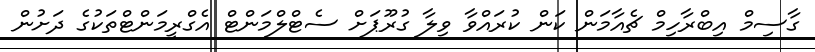
ގާސިމް އިބްރާހިމް ޗެއާމަން ކަން ކުރައްވާ ވިލާ ގުރޫޕަށް ސެޓްލްމަންޓް އެގްރީމަންޓްތަކުގެ ދަށުން